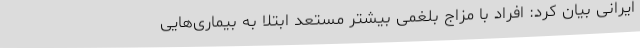
ایرانی بیان کرد: افراد با مزاج بلغمی بیشتر مستعد ابتلا به بیماری‌هایی